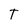
Character: T